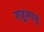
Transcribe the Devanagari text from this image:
राहुमातु